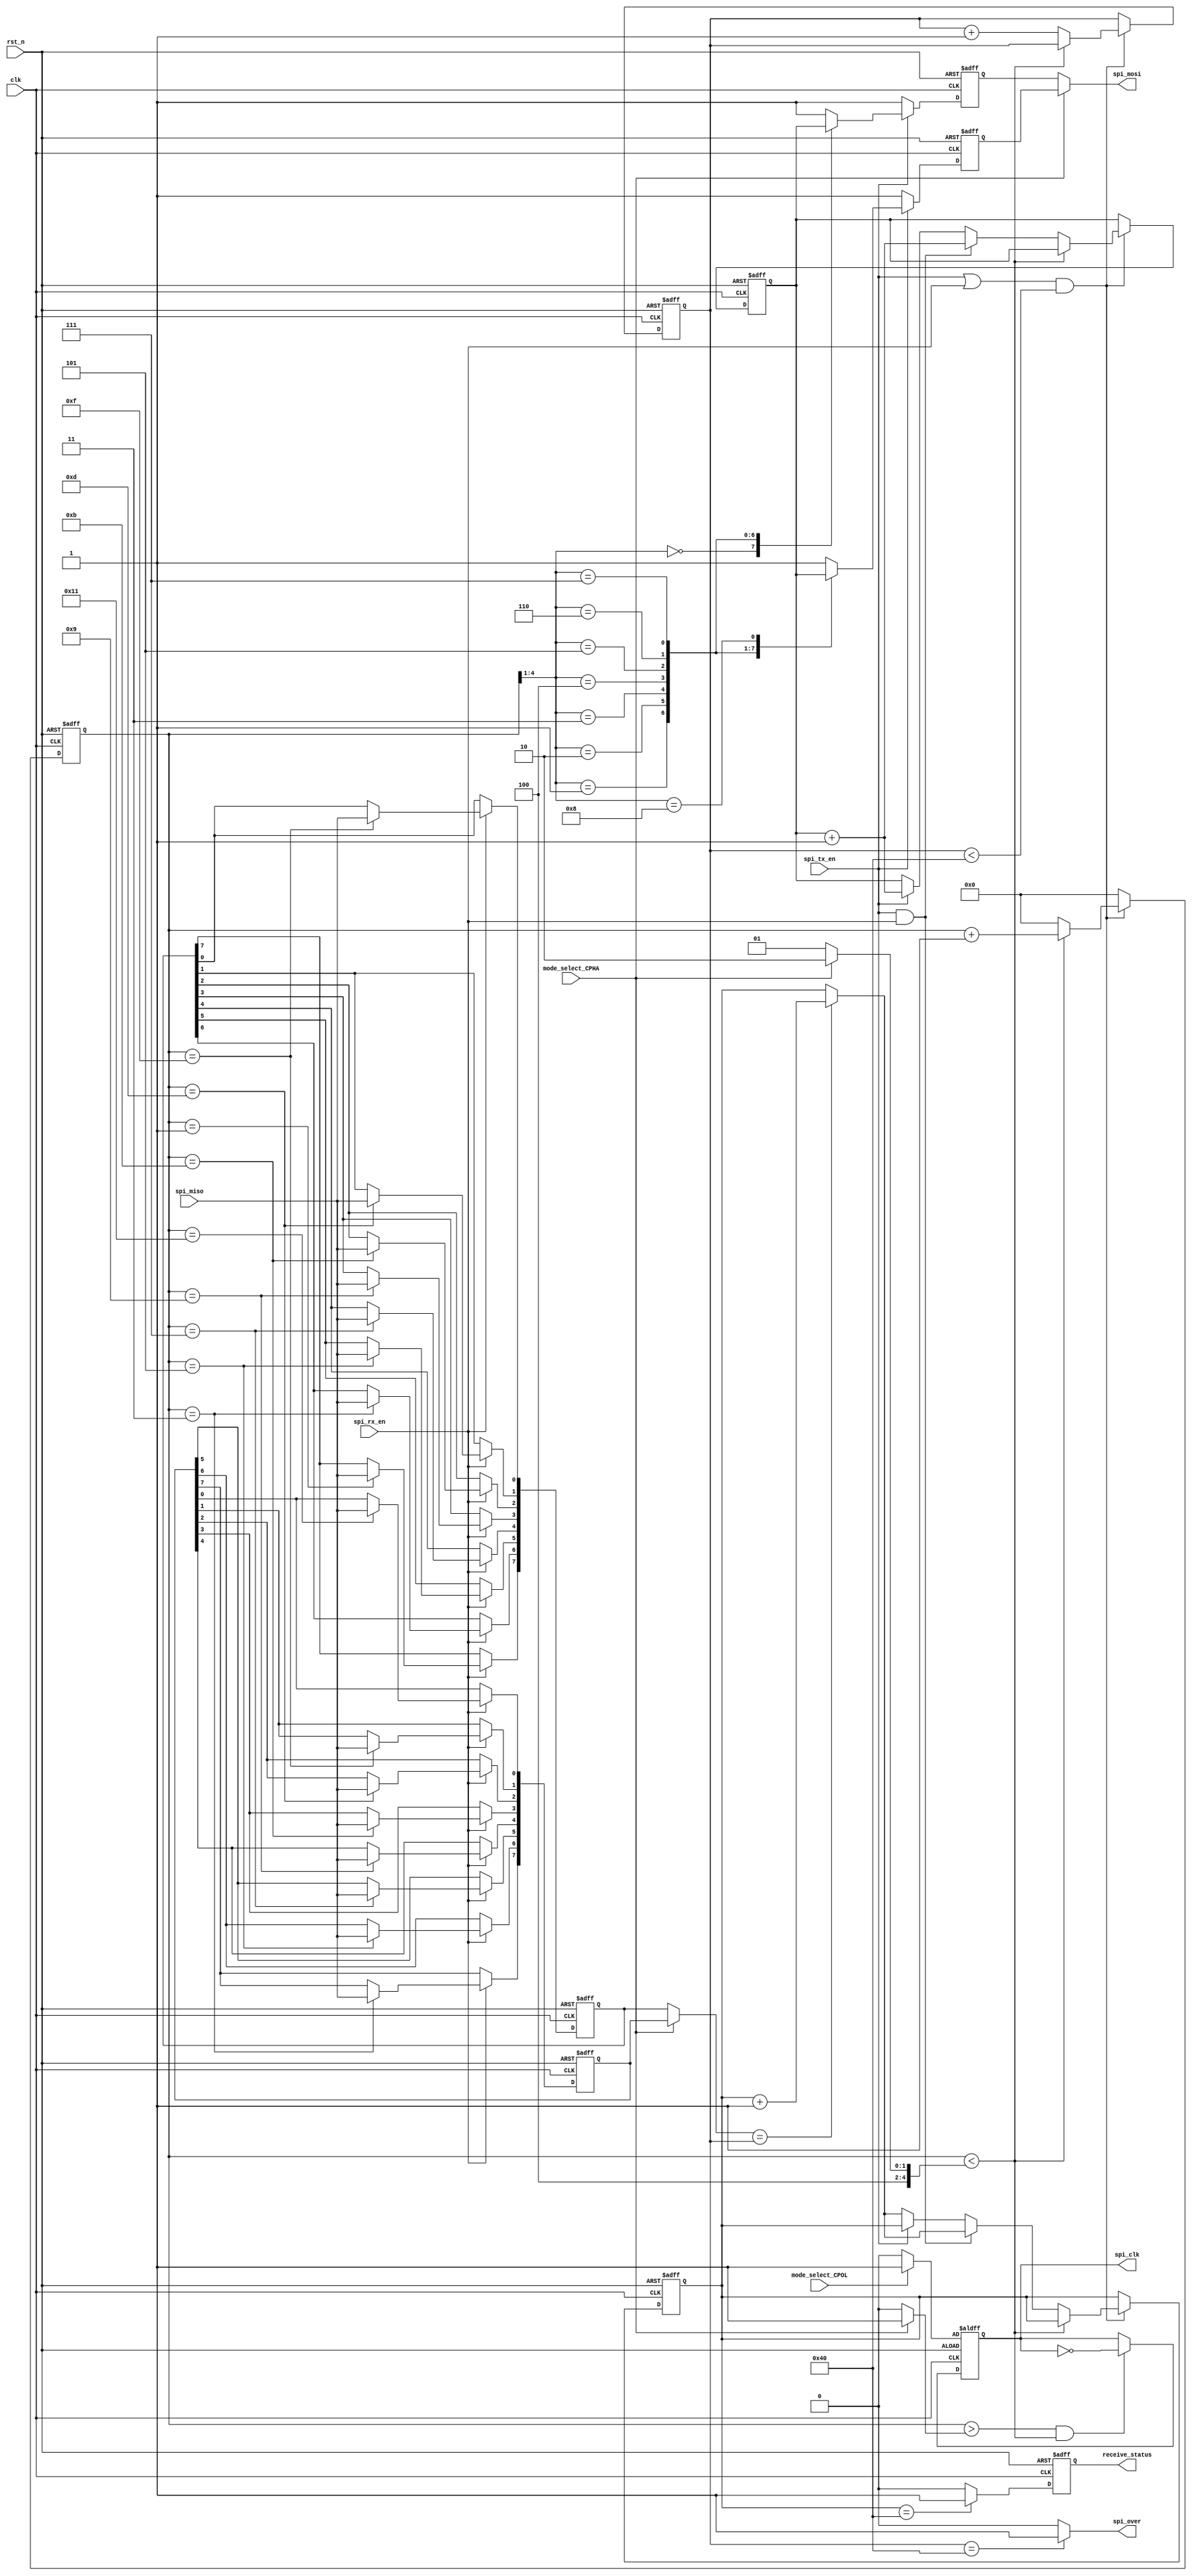
`timescale 1ns / 1ps
//**********************************************************************
// Module:spi_master
// by Robin zhang 
//**********************************************************************
module spi_master(

clk,rst_n,

spi_miso,spi_mosi,spi_clk,

spi_tx_en,spi_rx_en,spi_over,mode_select_CPHA,mode_select_CPOL,receive_status

);

input clk;

input rst_n;

input spi_miso;

output spi_mosi;

output spi_clk;

input spi_tx_en;

output spi_over;

output receive_status;

input spi_rx_en;

input mode_select_CPHA;

input mode_select_CPOL;

reg[7:0] data_count;

reg[7:0] recv_detect;

reg[7:0] spi_tx_db;

reg[4:0] cnt8;

reg spi_clkr;

reg spi_mosir;

reg spi_mosir1;

reg receive_status;

reg[7:0] spi_rx_dbr;

reg[7:0] spi_rx_dbr1;

wire[7:0] spi_rx_db;

wire[4:0] mode_reg;

wire[4:0] start_reg;
/***********************************************************************
*detect spi mode
***********************************************************************/
assign mode_reg = mode_select_CPHA ? 5'd18 : 5'd17;

assign start_reg = mode_select_CPHA ? 5'd1 : 5'd0;

/***********************************************************************
*control the spi timimg
***********************************************************************/
always @(posedge clk or negedge rst_n) begin
	if(!rst_n) begin
		cnt8 <= 5'd0;
		data_count <= 8'h0;
		spi_tx_db  <= 8'h0;
		recv_detect <= 8'h0;
		end
	else if((spi_tx_en || spi_rx_en) && ((data_count < 8'd64) )) begin
		if(cnt8 < mode_reg)
			cnt8 <= cnt8+1'b1;
		else begin
			if(spi_tx_en && spi_rx_en) begin
				cnt8 <= 5'd0;
				data_count <= data_count + 1'b1;
				spi_tx_db <= spi_tx_db + 1'b1;
				recv_detect <= (spi_rx_db == data_count) ? (recv_detect+1'b1) : recv_detect;
				end
			else begin
				if(spi_tx_en) begin
					cnt8 <= 5'd0;
					data_count <= data_count + 1'b1;
					spi_tx_db <= spi_tx_db + 1'b1;
				end
				else begin
					cnt8 <= 5'd0;
					data_count <= data_count + 1'b1;
					recv_detect <= (spi_rx_db == data_count) ? (recv_detect+1'b1) : recv_detect;
				end
			end
		end
	end
	else begin 
	 cnt8 <= 5'd0;
	 data_count <= data_count;
	end
end

/***********************************************************************
*generate spi clk
***********************************************************************/
always @(posedge clk or negedge rst_n) begin
	if(!rst_n)
		spi_clkr <= mode_select_CPOL ? 1'b1 : 1'b0;
	else if(cnt8 > start_reg && cnt8 < mode_reg)
				spi_clkr <= ~spi_clkr;
			else
				spi_clkr <= spi_clkr;
end

assign spi_clk = spi_clkr;

/***********************************************************************
*spi master output data
***********************************************************************/
always @(posedge clk or negedge rst_n) begin
	if(!rst_n) 
		spi_mosir <= 1'b1;
	else if(spi_tx_en) begin
				case(cnt8[4:1])
				   4'd0: spi_mosir <= spi_tx_db[7];
					
					4'd1: spi_mosir <= spi_tx_db[6];

					4'd2: spi_mosir <= spi_tx_db[5];

					4'd3: spi_mosir <= spi_tx_db[4];

					4'd4: spi_mosir <= spi_tx_db[3];

					4'd5: spi_mosir <= spi_tx_db[2];

					4'd6: spi_mosir <= spi_tx_db[1];

					4'd7: spi_mosir <= spi_tx_db[0];

					default: spi_mosir <= 1'b1;
				endcase
			end
	else 
		spi_mosir <= 1'b1;
end

always @(posedge clk or negedge rst_n) begin
	if(!rst_n) 
		spi_mosir1 <= 1'b1;
	else if(spi_tx_en) begin
				case(cnt8[4:1])
				   4'd1: spi_mosir1 <= spi_tx_db[7];
					
					4'd2: spi_mosir1 <= spi_tx_db[6];

					4'd3: spi_mosir1 <= spi_tx_db[5];

					4'd4: spi_mosir1 <= spi_tx_db[4];

					4'd5: spi_mosir1 <= spi_tx_db[3];

					4'd6: spi_mosir1 <= spi_tx_db[2];

					4'd7: spi_mosir1 <= spi_tx_db[1];

					4'd8: spi_mosir1 <= spi_tx_db[0];

					default: spi_mosir1 <= 1'b1;
				endcase
			end
	else 
		spi_mosir1 <= 1'b1;
end

assign spi_mosi = mode_select_CPHA ? spi_mosir1 : spi_mosir;

/***********************************************************************
*spi master input data
***********************************************************************/
always @(posedge clk or negedge rst_n) begin
	if(!rst_n) 
		spi_rx_dbr <= 8'hff;
	else if(spi_rx_en) begin
				case(cnt8)
					5'd1: spi_rx_dbr[7] <= spi_miso;	

					5'd3: spi_rx_dbr[6] <= spi_miso;	

					5'd5: spi_rx_dbr[5] <= spi_miso;	

					5'd7: spi_rx_dbr[4] <= spi_miso;	

					5'd9: spi_rx_dbr[3] <= spi_miso;	

					5'd11: spi_rx_dbr[2] <= spi_miso;	

					5'd13: spi_rx_dbr[1] <= spi_miso;	

					5'd15: spi_rx_dbr[0] <= spi_miso;	
					
					default: spi_rx_dbr <= spi_rx_dbr;
				endcase
			end
end

always @(posedge clk or negedge rst_n) begin
	if(!rst_n) 
		spi_rx_dbr1 <= 8'hff;
	else if(spi_rx_en) begin
				case(cnt8)
					5'd3: spi_rx_dbr1[7] <= spi_miso;	

					5'd5: spi_rx_dbr1[6] <= spi_miso;	

					5'd7: spi_rx_dbr1[5] <= spi_miso;	

					5'd9: spi_rx_dbr1[4] <= spi_miso;	

					5'd11: spi_rx_dbr1[3] <= spi_miso;	

					5'd13: spi_rx_dbr1[2] <= spi_miso;	

					5'd15: spi_rx_dbr1[1] <= spi_miso;	

					5'd17: spi_rx_dbr1[0] <= spi_miso;	
					
					default: spi_rx_dbr1 <= spi_rx_dbr1;
				endcase
			end
end

assign spi_rx_db = mode_select_CPHA ? spi_rx_dbr1 : spi_rx_dbr;

assign spi_over = (data_count == 8'd64) ? 1'b1 :1'b0;

always @(posedge clk or negedge rst_n) begin
	if(!rst_n) 
		receive_status <= 1'b0;
	else
		receive_status <= (recv_detect == 8'd64) ? 1'b1 : 1'b0;
end

endmodule